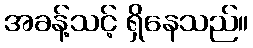
အခန့်သင့် ရှိနေသည်။